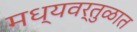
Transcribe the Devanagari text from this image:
मध्यवर्तुळात